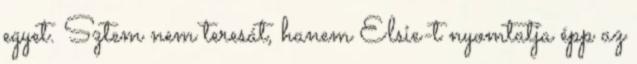
egyet. Sztem nem teresát, hanem Elsie-t nyomtatja épp az